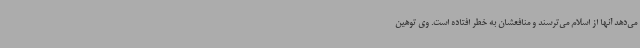
می‌دهد آنها از اسلام می‌ترسند و منافعشان به خطر افتاده است. وی توهین